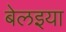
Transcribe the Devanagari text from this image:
बेलइया